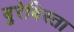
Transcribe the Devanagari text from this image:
बुरेबिस्ता